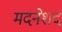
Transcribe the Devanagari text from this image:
मदनेशद